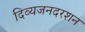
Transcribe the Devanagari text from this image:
दिव्यजनदरशन